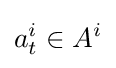
a_{t}^{i}\in A^{i}